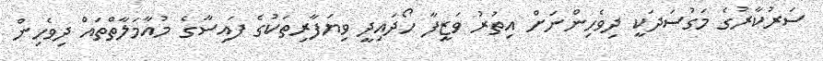
ސަރުކާރުގެ މަގުސަދަކީ ދިވެހިންނަށް އިތުރު ވަޒީފާ ހޯދައިދީ ވިޔަފާރިތަކުގެ ފައިސާގެ މުއާމަލާތްތައް ދިވެހިން